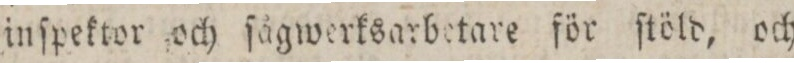
inſpektor och ſågwerksarbetare för ſtöld, och